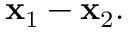
\mathbf { x } _ { 1 } - \mathbf { x } _ { 2 } .